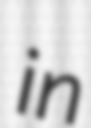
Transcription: in